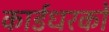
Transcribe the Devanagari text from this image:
कार्डधरकों